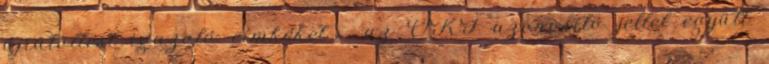
újratöltést igazoló címkéket - az OKF azonosító jellel együtt